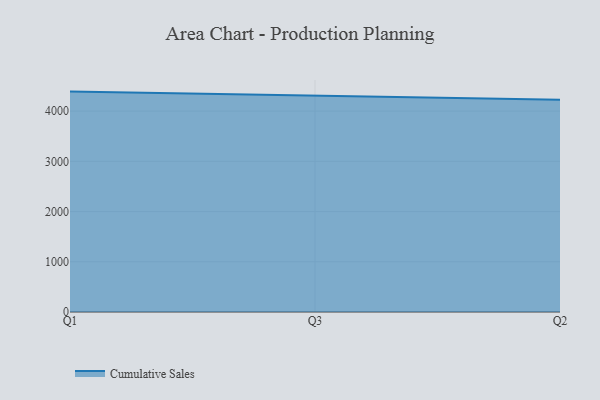
{"axis": {"x": "Quarter", "y": "Satisfaction Score"}, "legend": ["Cumulative Sales"], "data": [{"x": "Q1", "y": 4388.1, "type": "Cumulative Sales"}, {"x": "Q3", "y": 4300.9, "type": "Cumulative Sales"}, {"x": "Q2", "y": 4225.0, "type": "Cumulative Sales"}]}